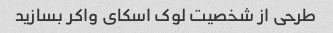
طرحی از شخصیت لوک اسکای واکر بسازید